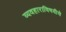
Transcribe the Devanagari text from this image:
व्यवहाराविषयीचे